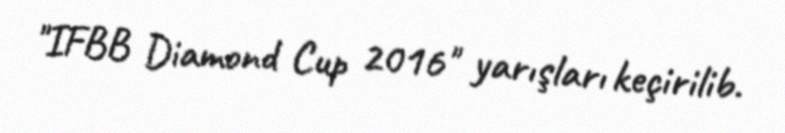
"IFBB Diamond Cup 2016" yarışları keçirilib.